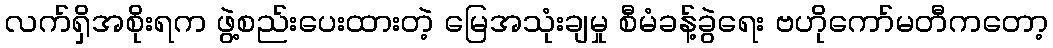
လက်ရှိအစိုးရက ဖွဲ့စည်းပေးထားတဲ့ မြေအသုံးချမှု စီမံခန့်ခွဲရေး ဗဟိုကော်မတီကတော့